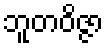
ဘူတဝိဇ္ဇာ